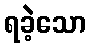
ရခဲ့သော